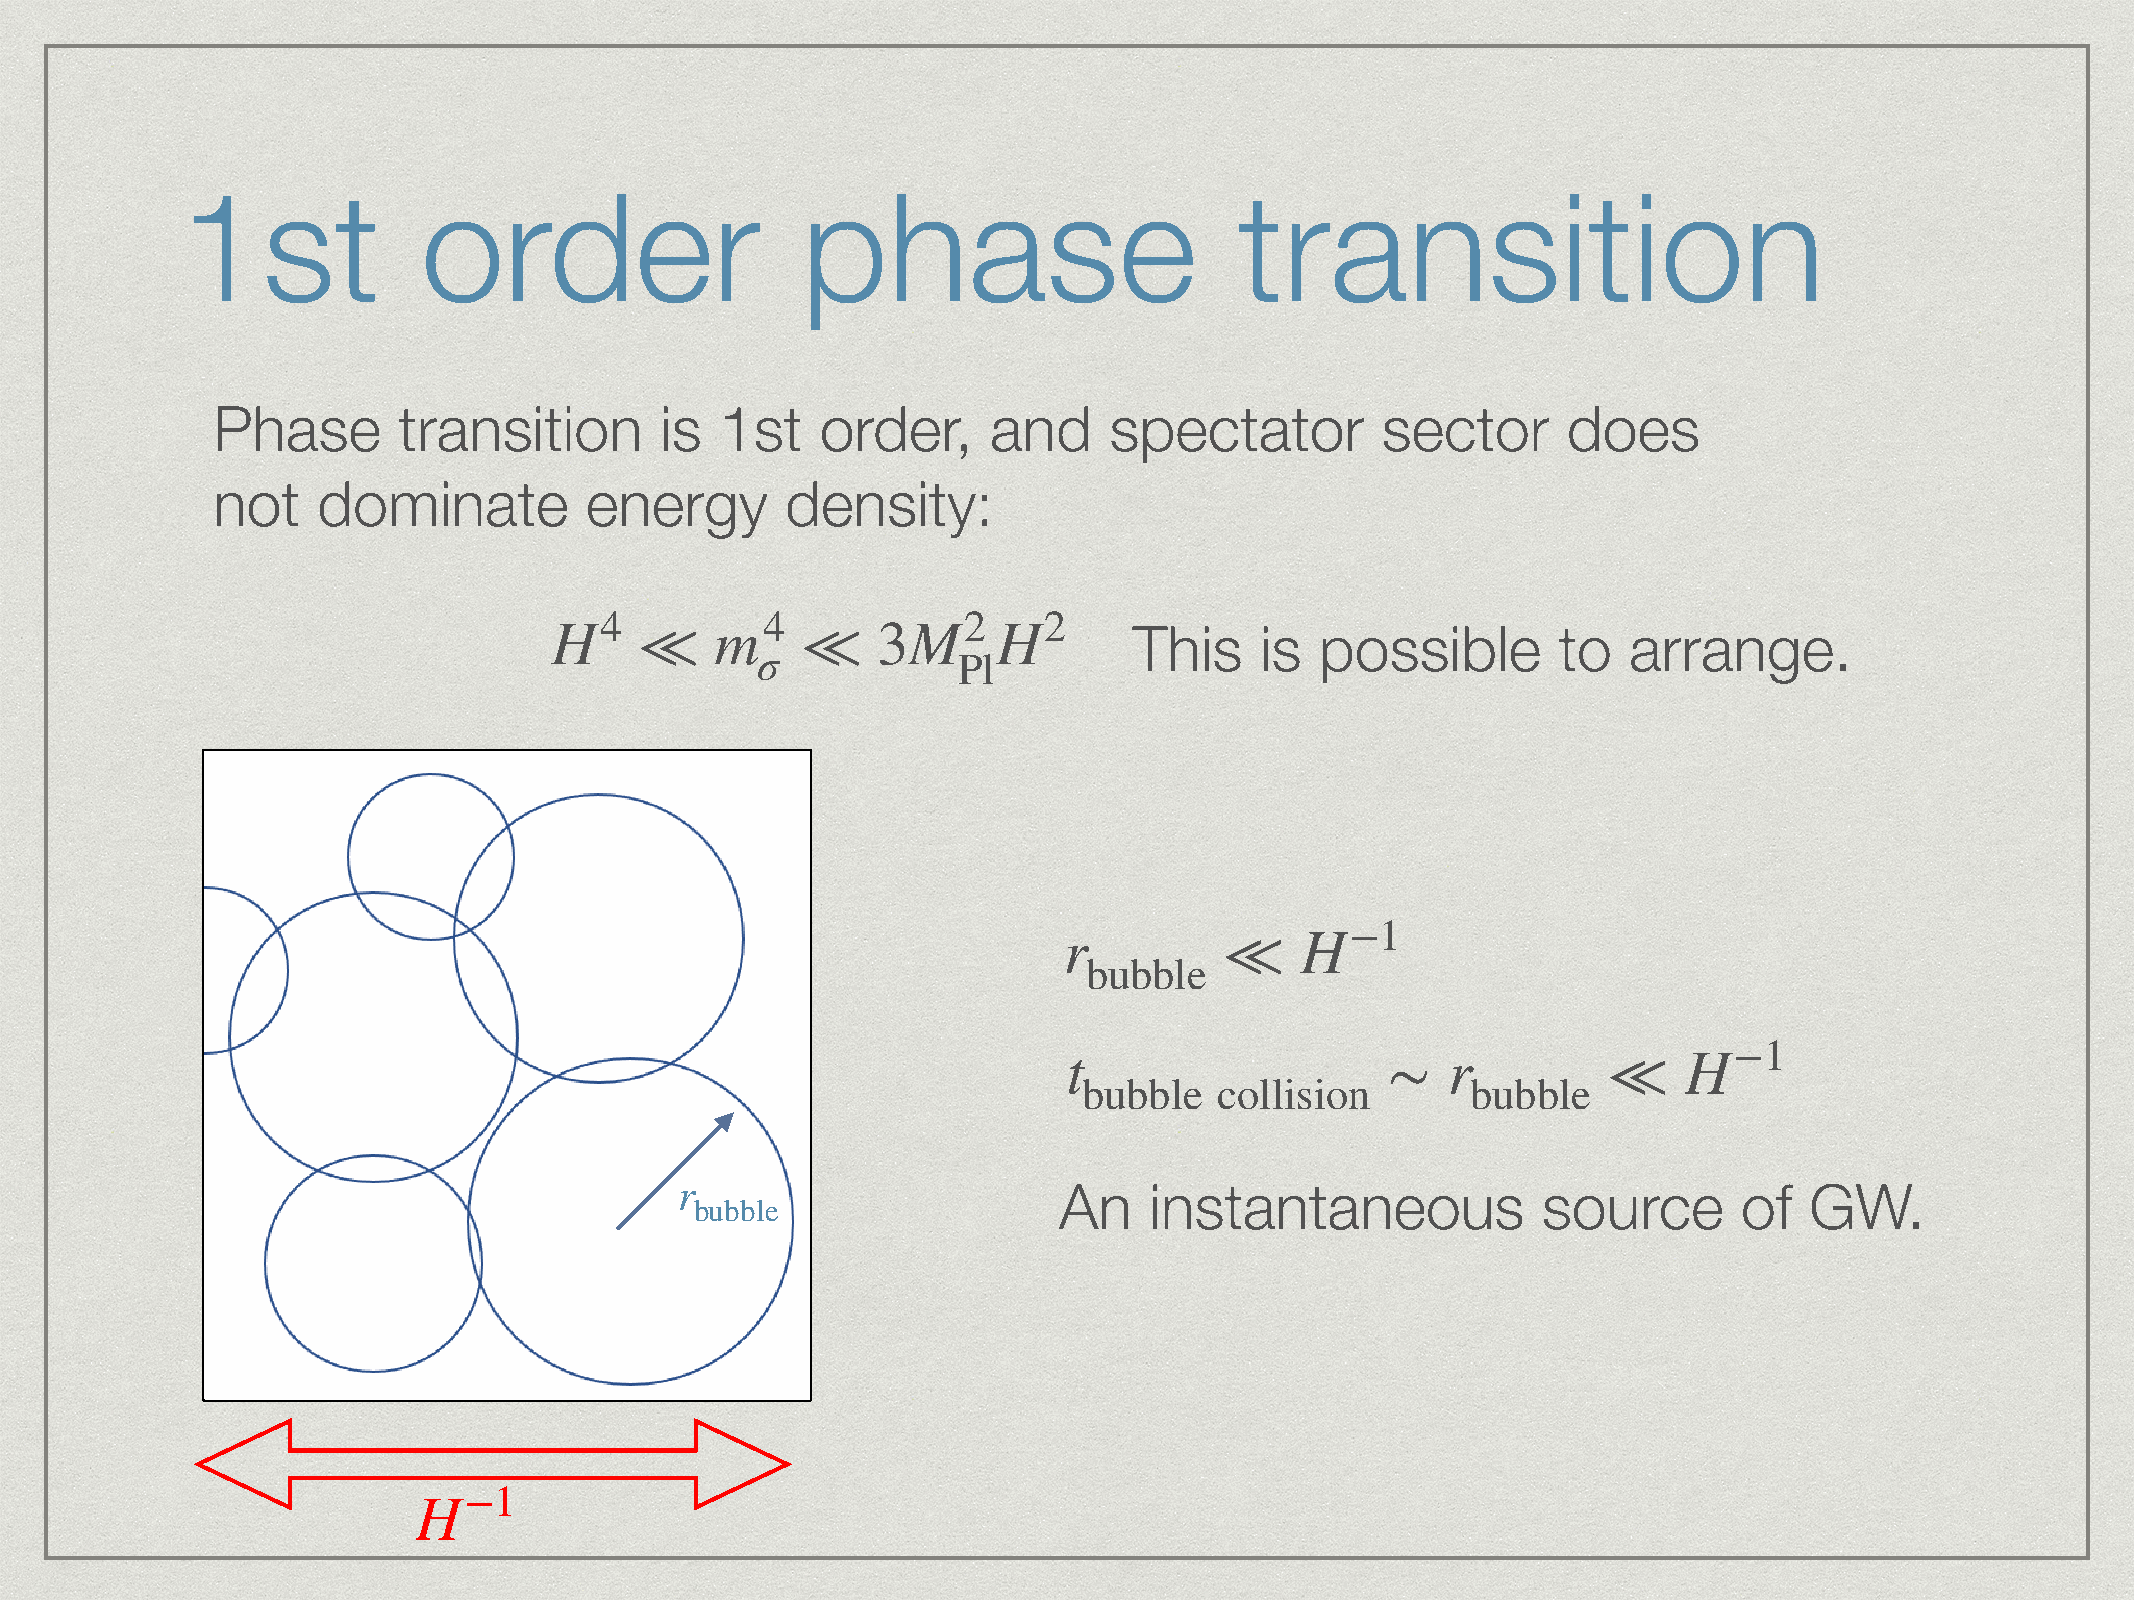
1st             order                    phase                        transition
 Phase       transition        is  1st   order,      and    spectator         sector       does
 not    dominate          energy       density:
 H4         m4           M2    H2       This    is  possible        to   arrange.
 ≪          ≪    3
 σ
 Pl
 r               H−1
 ≪
 bubble
 t                        r               H−1
 ∼             ≪
 bubble   collision       bubble
 r                        An    instantaneous             source       of   GW.
 bubble
 H−1